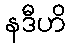
နဒီဟိ